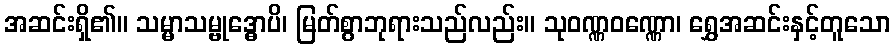
အဆင်းရှိ၏။ သမ္မာသမ္ဗုဒ္ဓောပိ၊ မြတ်စွာဘုရားသည်လည်း။ သုဝဏ္ဏဝဏ္ဏော၊ ရွှေအဆင်းနှင့်တူသော